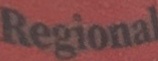
Regional